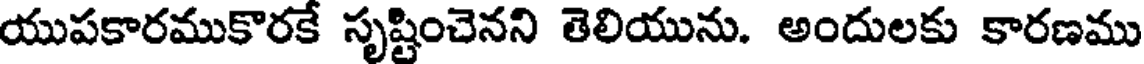
యుపకారముకొరకే సృష్టించెనని తెలియును. అందులకు కారణము